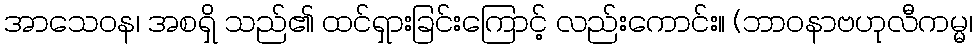
အာသေဝန၊ အစရှိ သည်၏ ထင်ရှားခြင်းကြောင့် လည်းကောင်း။ (ဘာဝနာဗဟုလီကမ္မ၊